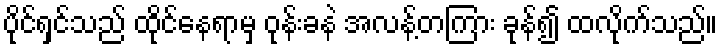
ပိုင်ရှင်သည် ထိုင်နေရာမှ ဝုန်းခနဲ အလန့်တကြား ခုန်၍ ထလိုက်သည်။